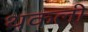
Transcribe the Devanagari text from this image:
थकली